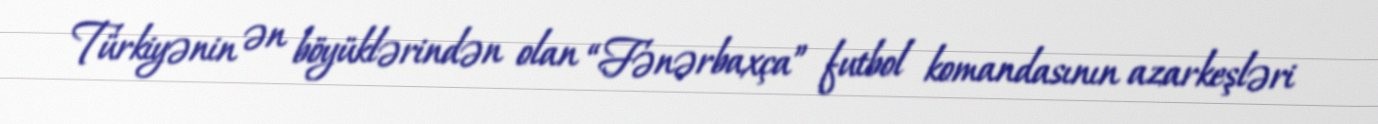
Türkiyənin ən böyüklərindən olan “Fənərbaxça” futbol komandasının azarkeşləri